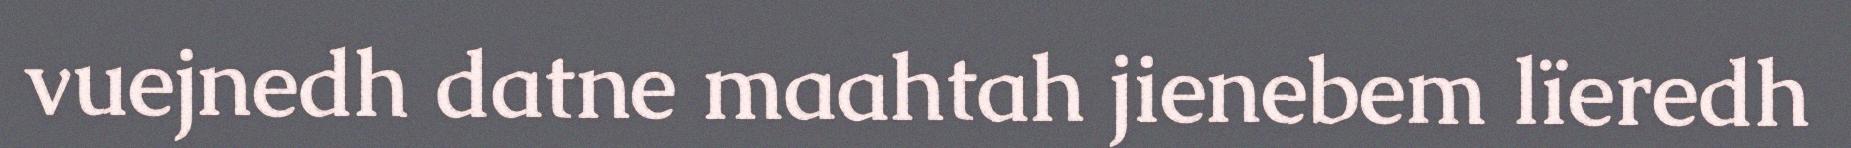
vuejnedh datne maahtah jienebem lïeredh